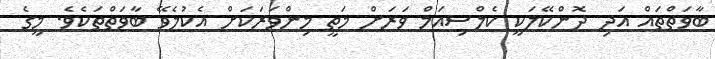
ބާވަތްތައް އަދި ދޮންކޭލަކީ ކެލްސިއަމް ވަރަށް މަތީ މިންވަރަކަށް އެކުލެވޭ ބާވަތްތަކެވެ. މީގެ